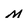
Character: M